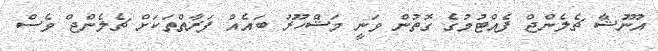
އުނޫޝާ ޗެލެންޖް ފެއްޓުމުގެ ގޮތުން ވަނީ މަޝްހޫރު ބައެއް ފަރާތްތަކަށް ޗެލެންޖް ވެސް